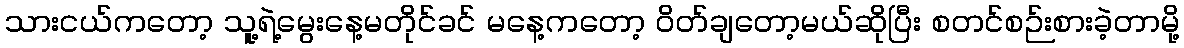
သားငယ်ကတော့ သူ့ရဲ့မွေးနေ့မတိုင်ခင် မနေ့ကတော့ ဝိတ်ချတော့မယ်ဆိုပြီး စတင်စဉ်းစားခဲ့တာမို့